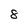
Character: 8